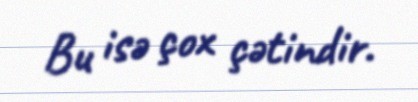
Bu isə çox çətindir.